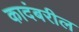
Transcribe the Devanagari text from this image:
कादंबरील